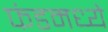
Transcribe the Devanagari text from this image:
फंडमध्ये